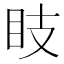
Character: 𥄏